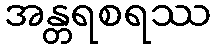
အန္တရစရဿ